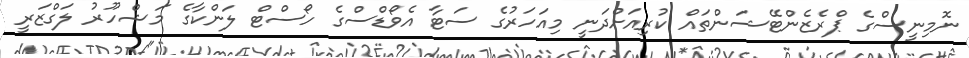
ނޮމިނީސްގެ ޕްރެޒެންޓޭޝަންތައް ކުރިއަށްދަނީ މިއަހަރުގެ ސަޓާ އެވޯޑްސްގެ ހޯސްޓް ލަންކާގެ މަޝްހޫރު ލަގްޒަރީ